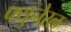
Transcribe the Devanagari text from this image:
फ्युनेरल